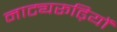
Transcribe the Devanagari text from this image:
नाट्यरूढ़ियों